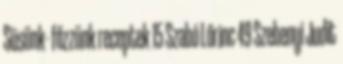
Süsünk- főzzünk receptek 15 Szabó Lőrinc 49 Szebenyi Judit